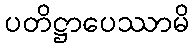
ပတိဋ္ဌာပေဿာမိ